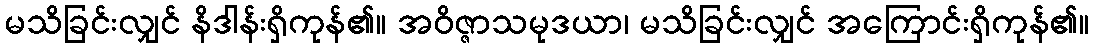
မသိခြင်းလျှင် နိဒါန်းရှိကုန်၏။ အဝိဇ္ဇာသမုဒယာ၊ မသိခြင်းလျှင် အကြောင်းရှိကုန်၏။